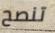
تنصح